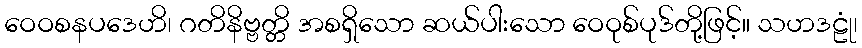
ဝေဝစနပဒေဟိ၊ ဂတိနိဗ္ဗတ္တိ အစရှိသော ဆယ်ပါးသော ဝေဝုစ်ပုဒ်တို့ဖြင့်။ သဟဒဠုံ၊